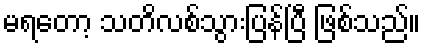
မရတော့ သတိလစ်သွားပြန်ပြီ ဖြစ်သည်။